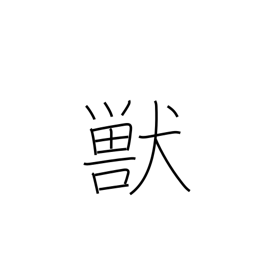
Meaning: animal